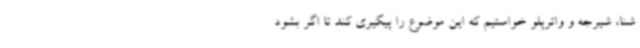
شنا، شیرجه و واترپلو خواستیم که این موضوع را پیگیری کند تا اگر بشود